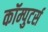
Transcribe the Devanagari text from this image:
कॉम्पुटर्स